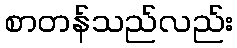
စာတန်သည်လည်း